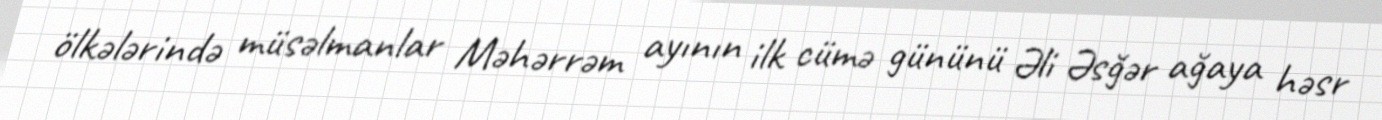
ölkələrində müsəlmanlar Məhərrəm ayının ilk cümə gününü Əli Əsğər ağaya həsr